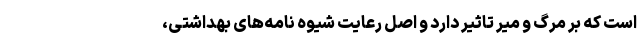
است که بر مرگ و میر تاثیر دارد و اصل رعایت شیوه نامه‌های بهداشتی،